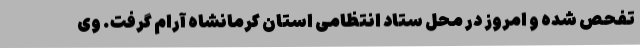
تفحص شده و امروز در محل ستاد انتظامی استان کرمانشاه آرام گرفت. وی